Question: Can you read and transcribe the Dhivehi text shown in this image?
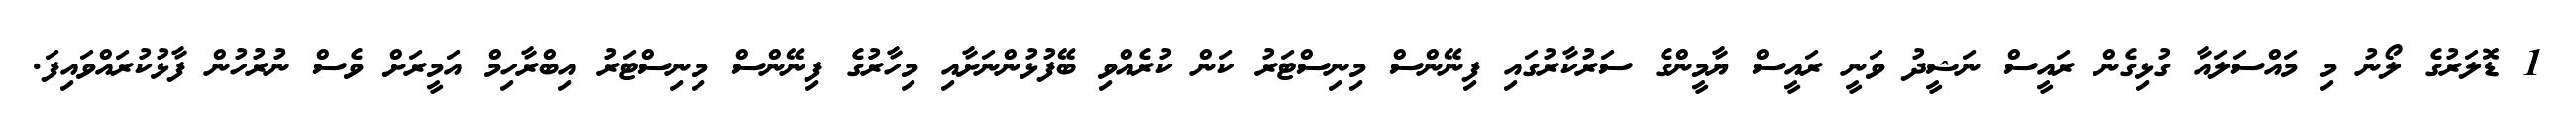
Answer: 1 ޑޮލަރުގެ ލޯނު މި މައްސަލައާ ގުޅިގެން ރައީސް ނަޝީދު ވަނީ ރައީސް ޔާމީންގެ ސަރުކާރުގައި ފިނޭންސް މިނިސްޓަރު ކަން ކުރެއްވި ބޭފުޅުންނަށާއި މިހާރުގެ ފިނޭންސް މިނިސްޓަރު އިބްރާހިމް އަމީރަށް ވެސް ނުރުހުން ފާޅުކުރައްވައިފަ.